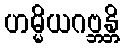
ဟမ္မိယဂဗ္ဘန္တိ